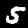
Digit: 5